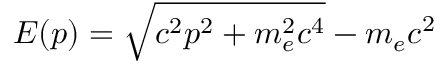
E ( p ) = \sqrt { c ^ { 2 } p ^ { 2 } + m _ { e } ^ { 2 } c ^ { 4 } } - m _ { e } c ^ { 2 }